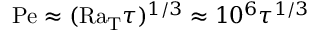
\mathrm { P e } \approx ( \mathrm { R a _ { T } } \tau ) ^ { 1 / 3 } \approx 1 0 ^ { 6 } \tau ^ { 1 / 3 }